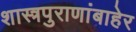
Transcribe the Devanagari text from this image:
शास्त्रपुराणांबाहेर